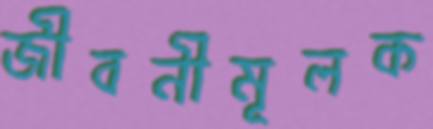
জীবনীমূলক